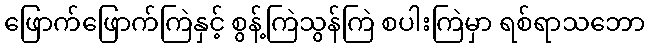
ဖြောက်ဖြောက်ကြဲနှင့် စွန့်ကြဲသွန်ကြဲ စပါးကြဲမှာ ရစ်ရာသဘော